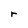
Character: r